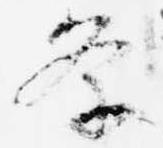
条